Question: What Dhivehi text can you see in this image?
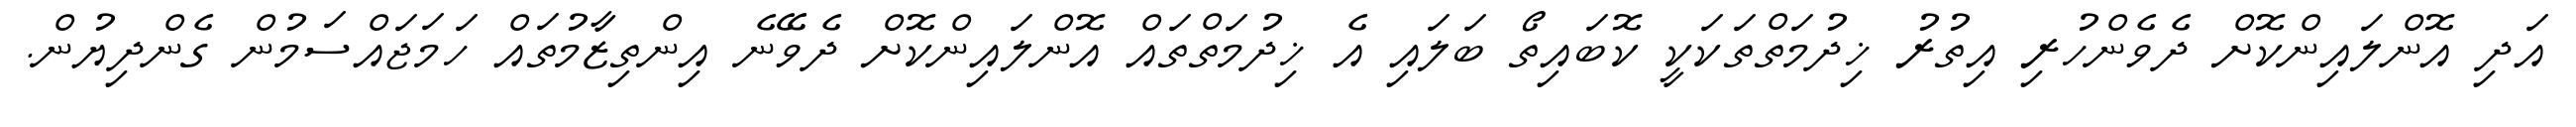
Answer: އަދި އޮންލައިންކޮށް ދެވެންހުރި އިތުރު ޚިދުމަތްތަކަކީ ކޮބައިތޯ ބަލައި އެ ޚިދުމަތްތައް އޮންލައިންކޮށް ދެވޭނެ އިންތިޒާމުތައް ހަމަޖައްސަމުން ގެންދިޔުން.